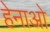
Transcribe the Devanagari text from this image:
हेनाओ